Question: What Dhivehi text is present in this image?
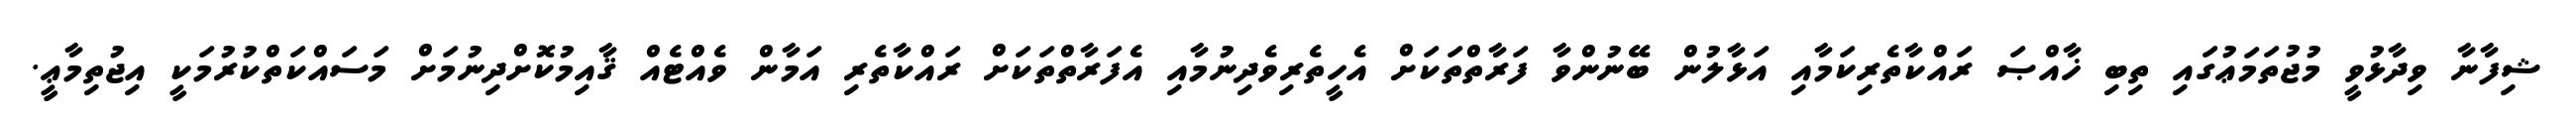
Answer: ޝިފާނާ ވިދާޅުވީ މުޖުތަމަޢުގައި ތިބި ޚާއްޞަ ރައްކާތެރިކަމާއި އަޅާލުން ބޭނުންވާ ފަރާތްތަކަށް އެހީތެރިވެދިނުމާއި އެފަރާތްތަކަށް ރައްކާތެރި އަމާން ވެއްޓެއް ޤާއިމުކޮށްދިނުމަށް މަސައްކަތްކުރުމަކީ އިޖުތިމާޢީ.